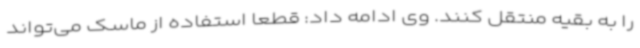
را به بقیه منتقل کنند. وی ادامه داد: قطعا استفاده از ماسک می‌تواند